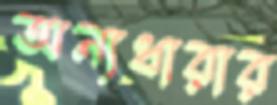
অন্যধারার